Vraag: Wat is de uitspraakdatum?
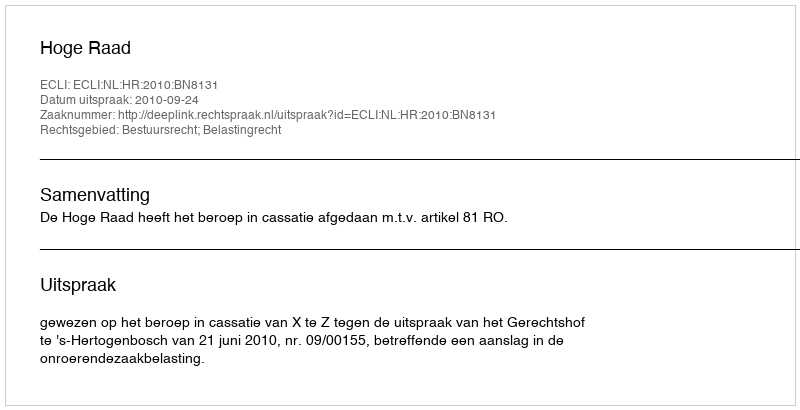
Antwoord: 2010-09-24